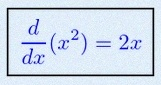
\frac{d}{dx}(x^2)=2x